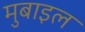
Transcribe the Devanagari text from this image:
मुबाइल